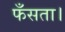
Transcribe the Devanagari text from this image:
फँसता।